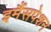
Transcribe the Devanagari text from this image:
इमैंसपेशन